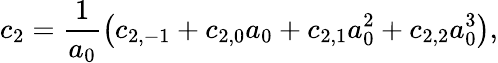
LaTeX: c_{2}=\frac{1}{a_{0}}\left(c_{2,-1}+c_{2,0}a_{0}+c_{2,1}a_{0}^{2}+c_{2,2}a_{0}^{3}\right),